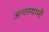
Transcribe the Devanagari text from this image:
अन्‍तरयामी